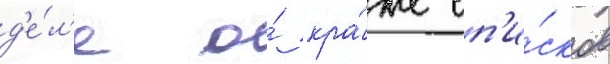
д'е́л'е о́ кра́же сп'и́сков